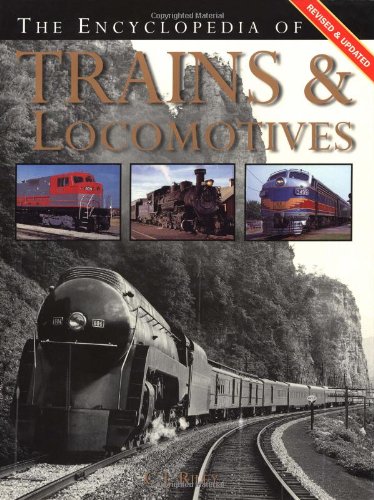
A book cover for The Encyclopedia of Trains and Locomotives; C.J. Riley; Engineering & Transportation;